Annual report on the mental hospital in the Central Provinces and Berar (Nagpur) - 1927-1951
Year: 1927
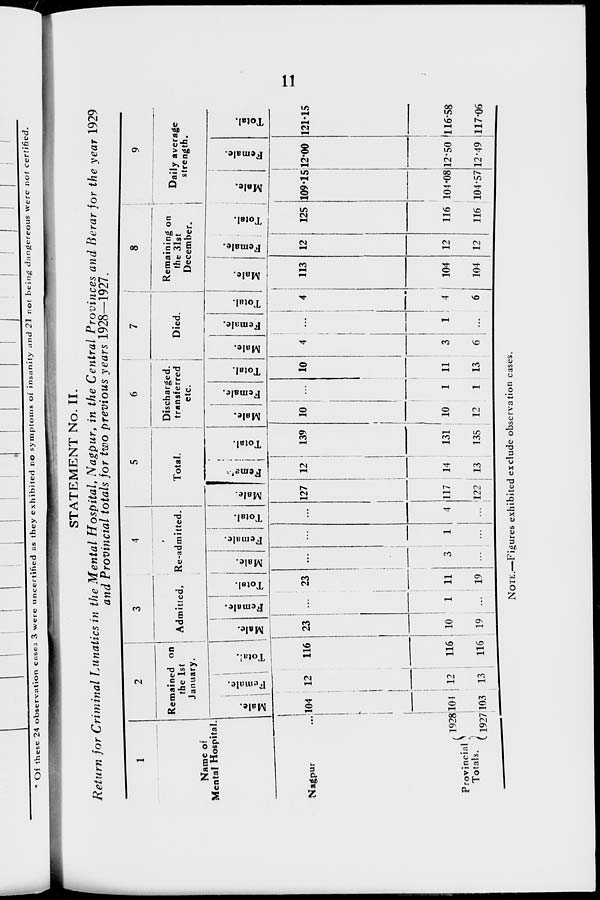
11
STATEMENT No. II.
Return for Criminal Lunatics in the Mental Hospital, Nagpur, in the Central Provinces and Berar for the year 1929
and Provincial totals for two previous years 1928—1927.
1
Name of
Mental Hospital.
Nagpur ...
Provincial
Totals.
1928
1927
2
Remained on
the 1st
January.
Male.
104
104
103
Female.
12
12
13
Total.
116
116
116
3
Admitted.
Male.
23
10
19
Female.
...
1
...
Total.
23
11
19
4
Re-admitted.
Male.
...
3
...
Female.
...
1
...
Total.
...
4
...
5
Total.
Male.
127
117
122
Female.
12
14
13
Total.
139
131
135
6
Discharged,
transferred
etc.
Male.
10
10
12
Female.
...
1
1
Total.
10
11
13
7
Died.
Male.
4
3
6
Female.
...
1
...
Total.
4
4
6
8
Remaining on
the 31st
December.
Male.
113
104
104
Female.
12
12
12
Total.
125
116
116
9
Daily average
strength.
Male.
109.15
104.08
104.57
Female.
12.00
12.50
12.49
Total.
121.15
116.58
117.06
NOTE.—Figures exhibited exclude observation cases.